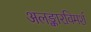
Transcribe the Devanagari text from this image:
अलङ्कारविमर्श